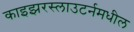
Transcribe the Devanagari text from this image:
काइझरस्लाउटर्नमधील